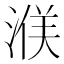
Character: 𪶤